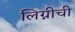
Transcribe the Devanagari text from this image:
लिग्नीची